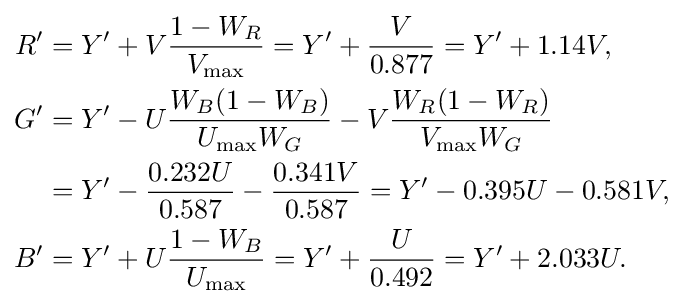
{\begin{aligned}R'&=Y'+V{\frac {1-W_{R}}{V_{\text{max}}}}=Y'+{\frac {V}{0.877}}=Y'+1.14V,\\G'&=Y'-U{\frac {W_{B}(1-W_{B})}{U_{\text{max}}W_{G}}}-V{\frac {W_{R}(1-W_{R})}{V_{\text{max}}W_{G}}}\\&=Y'-{\frac {0.232U}{0.587}}-{\frac {0.341V}{0.587}}=Y'-0.395U-0.581V,\\B'&=Y'+U{\frac {1-W_{B}}{U_{\text{max}}}}=Y'+{\frac {U}{0.492}}=Y'+2.033U.\end{aligned}}